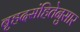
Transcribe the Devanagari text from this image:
बृहदसंहितेनुसार